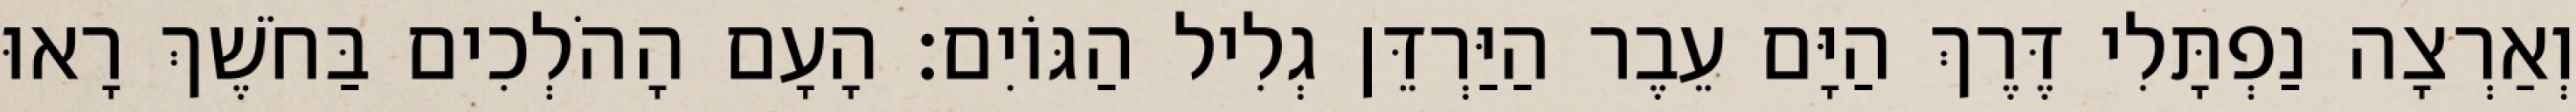
וְאַרְצָה נַפְתָּלִי דֶּרֶךְ הַיָּם עֵבֶר הַיַּרְדֵּן גְלִיל הַגּוֹיִם׃ הָעָם הָהֹלְכִים בַּחֹשֶׁךְ רָאוּ